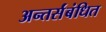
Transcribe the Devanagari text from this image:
अन्तर्संबंधित